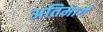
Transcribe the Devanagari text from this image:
अतिमार्ग